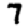
Digit: 7